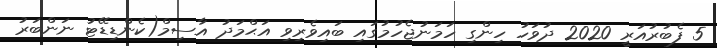
5 ފެބުރުއަރީ 2020 ދުވަހު ހިންގި ހަމަނުޖެހުމުގައި ބައިވެރިވި އަޙްމަދު އާސިމް(ކެންޑިޑޭޓު ނަންބަރު